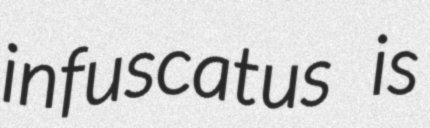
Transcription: infuscatus is